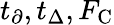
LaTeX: t_{\partial},t_{\Delta},F_{\mathrm{C}}